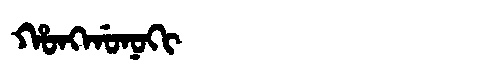
Manchu: ᡥᠣᠩᡤᠣᠨᠣᡴᡳ
Romanization: HONGGONOKI